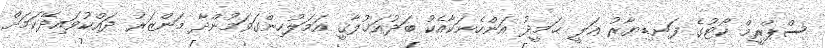
ސްޕްރީމް ކޯޓުގެ ފަނޑިޔާރު ޢަލީ ޙަމީދު އަންހެނަކާއެކު ބަދުއަޚުލާޤީ އަމަލުހިންގަވަމުންދާ މަންޒަރު ދައްކުވައިދޭކަމަށް